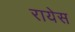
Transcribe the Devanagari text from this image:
रायेस